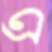
এ